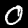
Digit: 0